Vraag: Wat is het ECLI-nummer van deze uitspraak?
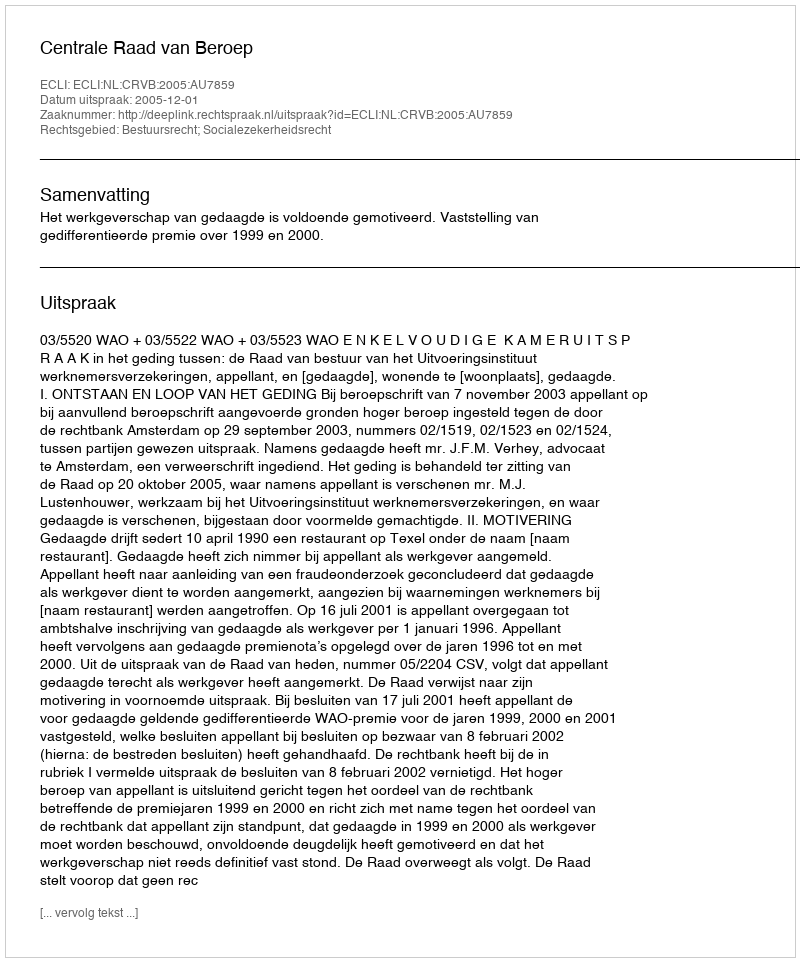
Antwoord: ECLI:NL:CRVB:2005:AU7859